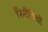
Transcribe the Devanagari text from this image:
फिरौतियों